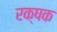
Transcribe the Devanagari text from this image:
रक्षक